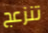
تنزعج